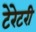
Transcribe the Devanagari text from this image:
टेरेटरी